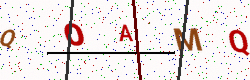
Text: QOAMQ